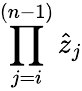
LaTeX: \prod_{j=i}^{(n-1)}\hat{z}_{j}